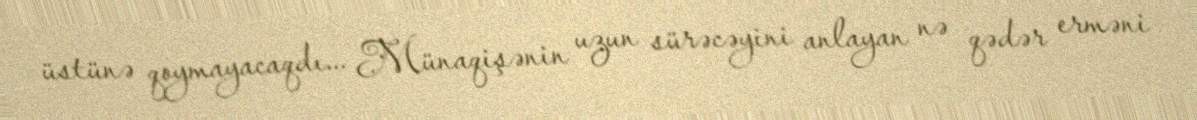
üstünə qoymayacaqdı... Münaqişənin uzun sürəcəyini anlayan nə qədər erməni